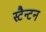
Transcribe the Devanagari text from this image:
स्टैन्टन